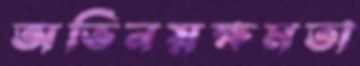
অভিনয়ক্ষমতা